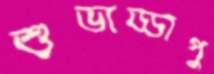
শুভাড্ডাপু